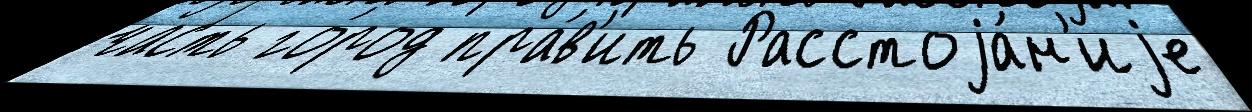
часть го́род пра́в'ить Расстоjа́н'иjе